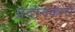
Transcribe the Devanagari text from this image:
प्रदानकारों